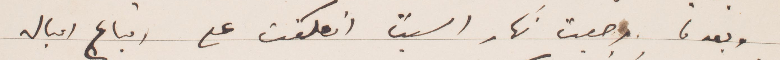
وبعد ما رجعت نهار السبت انعكفت على  اتباع اعبال